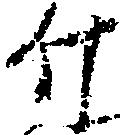
新